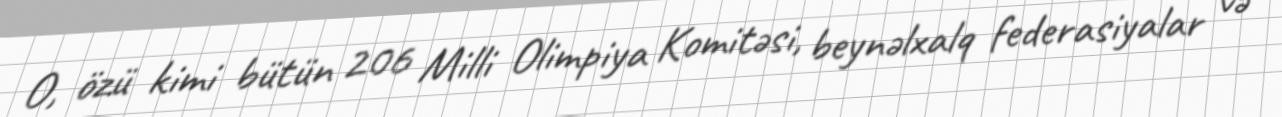
O, özü kimi bütün 206 Milli Olimpiya Komitəsi, beynəlxalq federasiyalar və